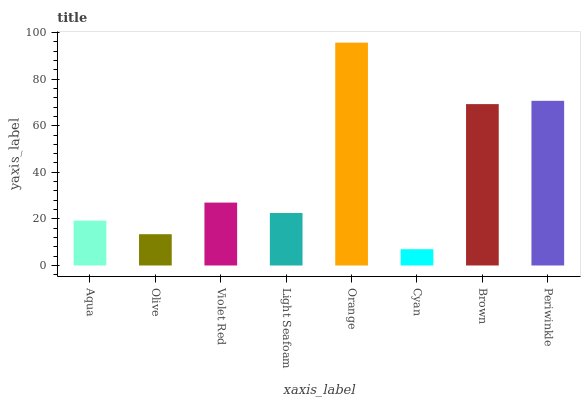
| xaxis_label | bars |
 | --- | --- |
 | Aqua | 19.3 |
 | Olive | 13.4 |
 | Violet Red | 27 |
 | Light Seafoam | 22.5 |
 | Orange | 95.6 |
 | Cyan | 7 |
 | Brown | 69.3 |
 | Periwinkle | 70.7 |